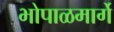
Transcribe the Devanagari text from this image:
भोपाळमार्गे